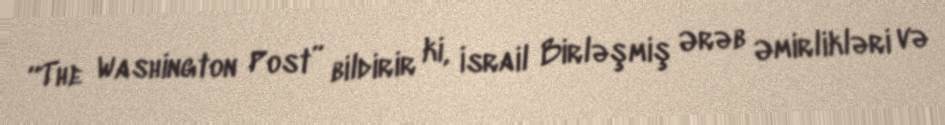
“The Washington Post” bildirir ki, İsrail Birləşmiş Ərəb Əmirlikləri və